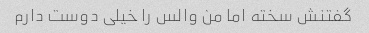
گفتنش سخته اما من والس را خیلی دوست دارم